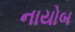
નાયોબ